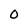
Character: 0